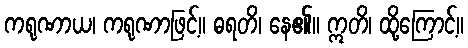
ကရုဏာယ၊ ကရုဏာဖြင့်။ ဓရတိ၊ နေ၏။ ဣတိ၊ ထို့ကြောင့်။